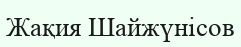
Жақия Шайжүнісов